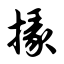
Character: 掾